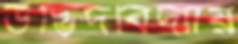
উদ্ভিদবিদ্যায়